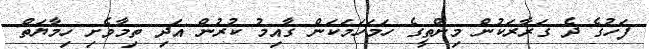
ފަހުގެ ދެ ގަރާރަކުން މިންތީގެ ހަމަހަމަކަން ގާއިމު ކުރުން އަދި ތިމާވެށި ހިމާޔަތް